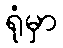
ရုံမှာ